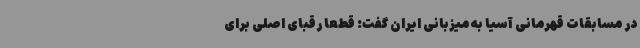
در مسابقات قهرمانی آسیا به میزبانی ایران گفت: قطعا رقبای اصلی برای